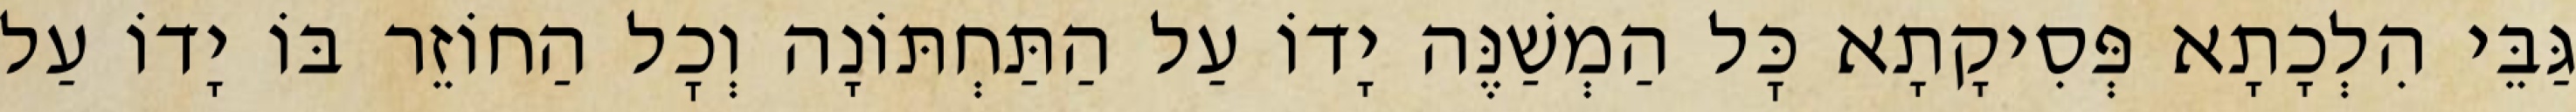
גַּבֵּי הִלְכָתָא פְּסִיקָתָא כׇּל הַמְשַׁנֶּה יָדוֹ עַל הַתַּחְתּוֹנָה וְכׇל הַחוֹזֵר בּוֹ יָדוֹ עַל